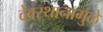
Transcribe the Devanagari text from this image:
देवस्थानामुळे